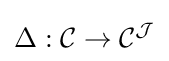
\Delta :{\mathcal {C}}\to {\mathcal {C}}^{\mathcal {J}}